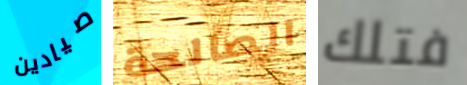
صيادين الصالحة فتلك